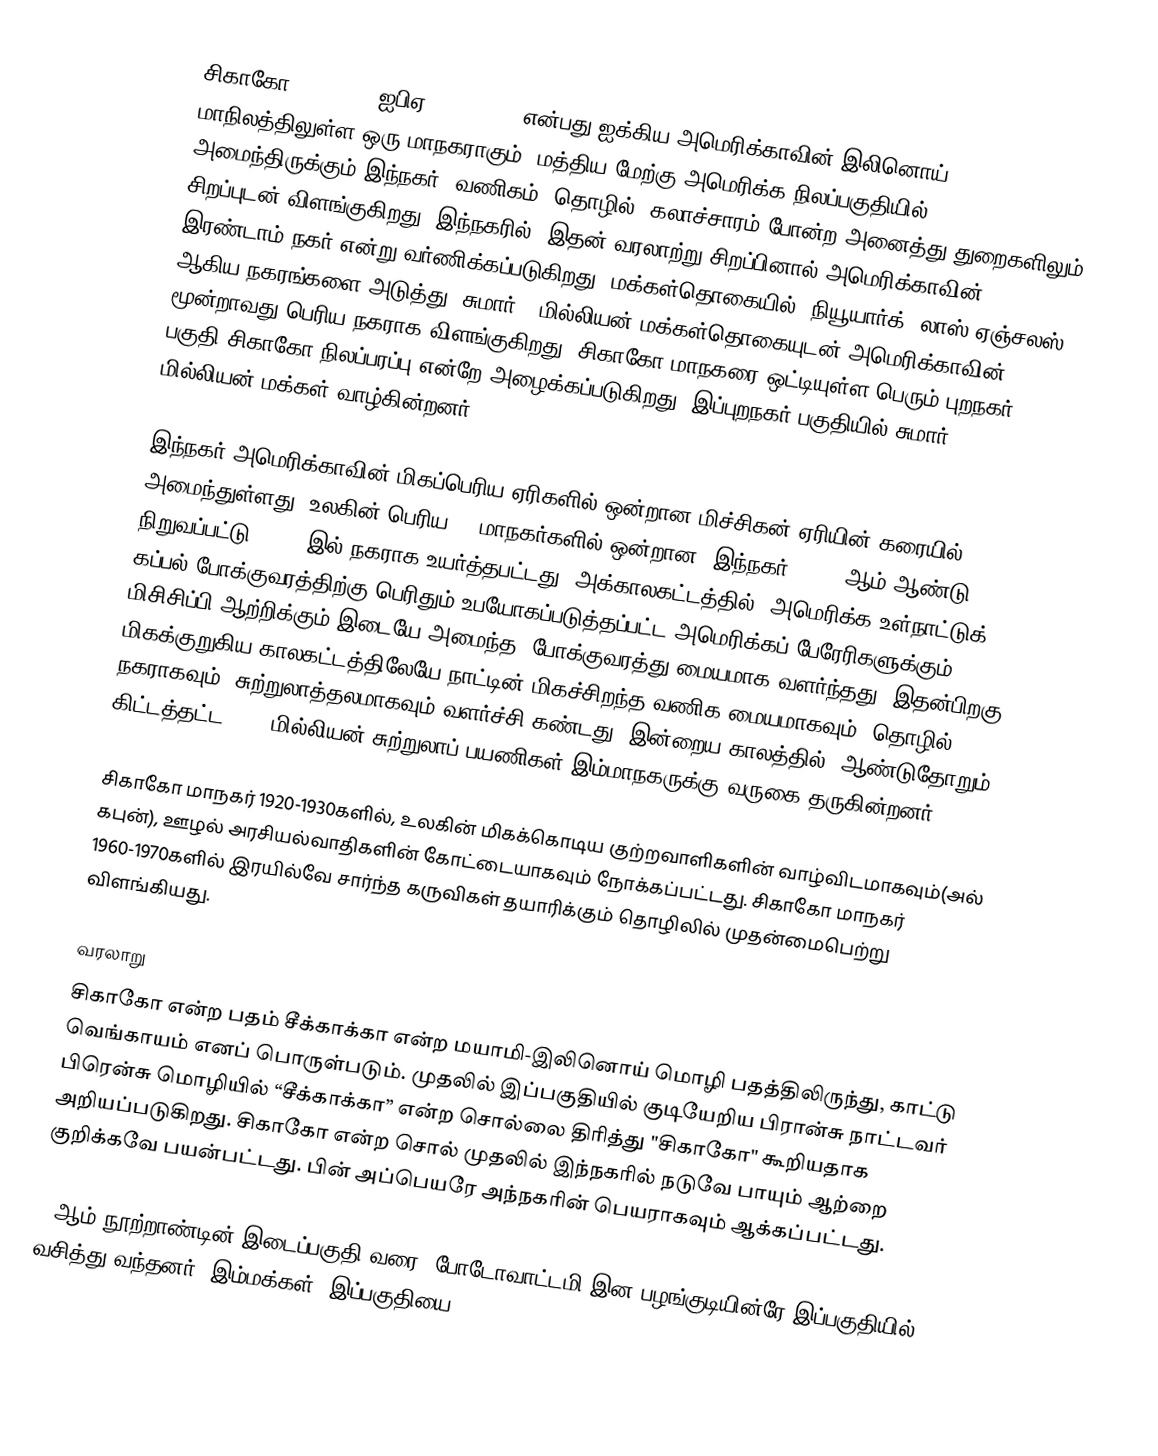
சிகாகோ (Chicago, ஐபிஏ:ʃɪˈkɑːgoʊ) என்பது ஐக்கிய அமெரிக்காவின் இலினொய் மாநிலத்திலுள்ள ஒரு மாநகராகும். மத்திய-மேற்கு அமெரிக்க நிலப்பகுதியில் அமைந்திருக்கும் இந்நகர், வணிகம், தொழில், கலாச்சாரம் போன்ற அனைத்து துறைகளிலும் சிறப்புடன் விளங்குகிறது. இந்நகரில், இதன் வரலாற்று சிறப்பினால் அமெரிக்காவின் இரண்டாம் நகர் என்று வர்ணிக்கப்படுகிறது. மக்கள்தொகையில், நியூயார்க், லாஸ் ஏஞ்சலஸ் ஆகிய நகரங்களை அடுத்து, சுமார் 3 மில்லியன் மக்கள்தொகையுடன் அமெரிக்காவின்  மூன்றாவது பெரிய நகராக விளங்குகிறது. சிகாகோ மாநகரை ஒட்டியுள்ள பெரும் புறநகர் பகுதி சிகாகோ நிலப்பரப்பு என்றே அழைக்கப்படுகிறது. இப்புறநகர் பகுதியில் சுமார்  9.7 மில்லியன் மக்கள் வாழ்கின்றனர்.

இந்நகர் அமெரிக்காவின் மிகப்பெரிய ஏரிகளில் ஒன்றான மிச்சிகன் ஏரியின் கரையில் அமைந்துள்ளது. உலகின் பெரிய 25 மாநகர்களில் ஒன்றான, இந்நகர், 1833 ஆம் ஆண்டு நிறுவப்பட்டு, 1837 இல் நகராக உயர்த்தபட்டது. அக்காலகட்டத்தில், அமெரிக்க உள்நாட்டுக் கப்பல் போக்குவரத்திற்கு பெரிதும் உபயோகப்படுத்தப்பட்ட  அமெரிக்கப் பேரேரிகளுக்கும், மிசிசிப்பி ஆற்றிக்கும் இடையே அமைந்த, போக்குவரத்து மையமாக வளர்ந்தது. இதன்பிறகு, மிகக்குறுகிய காலகட்டத்திலேயே நாட்டின் மிகச்சிறந்த வணிக மையமாகவும், தொழில் நகராகவும், சுற்றுலாத்தலமாகவும் வளர்ச்சி கண்டது. இன்றைய காலத்தில், ஆண்டுதோறும் கிட்டத்தட்ட 44.2 மில்லியன் சுற்றுலாப் பயணிகள் இம்மாநகருக்கு வருகை தருகின்றனர்.

சிகாகோ மாநகர் 1920-1930களில், உலகின் மிகக்கொடிய குற்றவாளிகளின் வாழ்விடமாகவும்(அல் கபுன்), ஊழல் அரசியல்வாதிகளின் கோட்டையாகவும் நோக்கப்பட்டது. சிகாகோ மாநகர்  1960-1970களில் இரயில்வே சார்ந்த கருவிகள் தயாரிக்கும் தொழிலில் முதன்மைபெற்று விளங்கியது.

வரலாறு
சிகாகோ  என்ற பதம் சீக்காக்கா  என்ற மயாமி-இலினொய் மொழி பதத்திலிருந்து, காட்டு வெங்காயம் எனப் பொருள்படும். முதலில் இப்பகுதியில் குடியேறிய பிரான்சு நாட்டவர்  பிரென்சு மொழியில் “சீக்காக்கா” என்ற சொல்லை திரித்து "சிகாகோ" கூறியதாக அறியப்படுகிறது. சிகாகோ என்ற சொல் முதலில் இந்நகரில் நடுவே பாயும் ஆற்றை குறிக்கவே பயன்பட்டது. பின் அப்பெயரே அந்நகரின் பெயராகவும் ஆக்கப்பட்டது.

18ஆம்  நூற்றாண்டின் இடைப்பகுதி வரை, போடோவாட்டமி இன பழங்குடியின்ரே இப்பகுதியில் வசித்து வந்தனர். இம்மக்கள், இப்பகுதியை